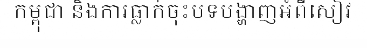
កម្ពុជា និងការធ្លាក់ចុះបទបង្ហាញអំពីសៀវ